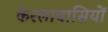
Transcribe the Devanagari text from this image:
केरलावासियों